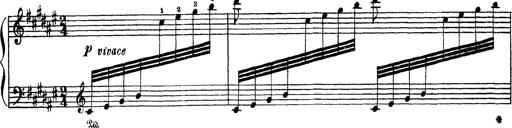
Title: AnnÃ©es de PÃ¨lerinage III
Composer: Franz Liszt